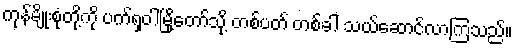
ကုန်မျိုးစုံတို့ကို ပက်ရှဝါမြို့တော်သို့ တစ်ပတ် တစ်ခါ သယ်ဆောင်လာကြသည်။